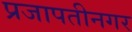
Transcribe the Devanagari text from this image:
प्रजापतीनगर